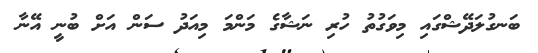
ބަނގުލަދޭޝްގައި މިވަގުތު ހުރި ނަޝާގެ މަންމަ މިއަދު ސަން އަށް ބުނީ އޭނާ